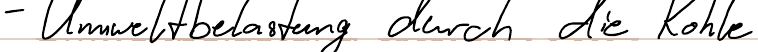
- Umweltbelastung durch die Kohle